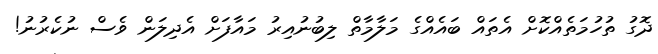
ދޮގު ތުހުމަތެއްކޮށް އެތައް ބައެއްގެ މަލާމާތް ލިބުނުއިރު މައާފަށް އެދިލަން ވެސް ނުކެރުނު!